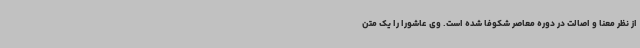
از نظر معنا و اصالت در دوره معاصر شکوفا شده است. وی عاشورا را یک متن